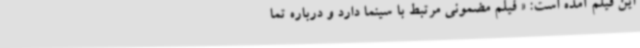
این فیلم آمده است: « فیلم مضمونی مرتبط با سینما دارد و درباره تما